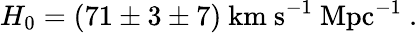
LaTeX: H_{0}=(71\pm 3\pm 7)\ \mathrm{km\ s^{-1}\ Mpc^{-1}}\ .